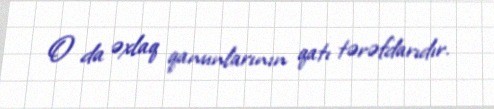
O da əxlaq qanunlarının qatı tərəfdarıdır.